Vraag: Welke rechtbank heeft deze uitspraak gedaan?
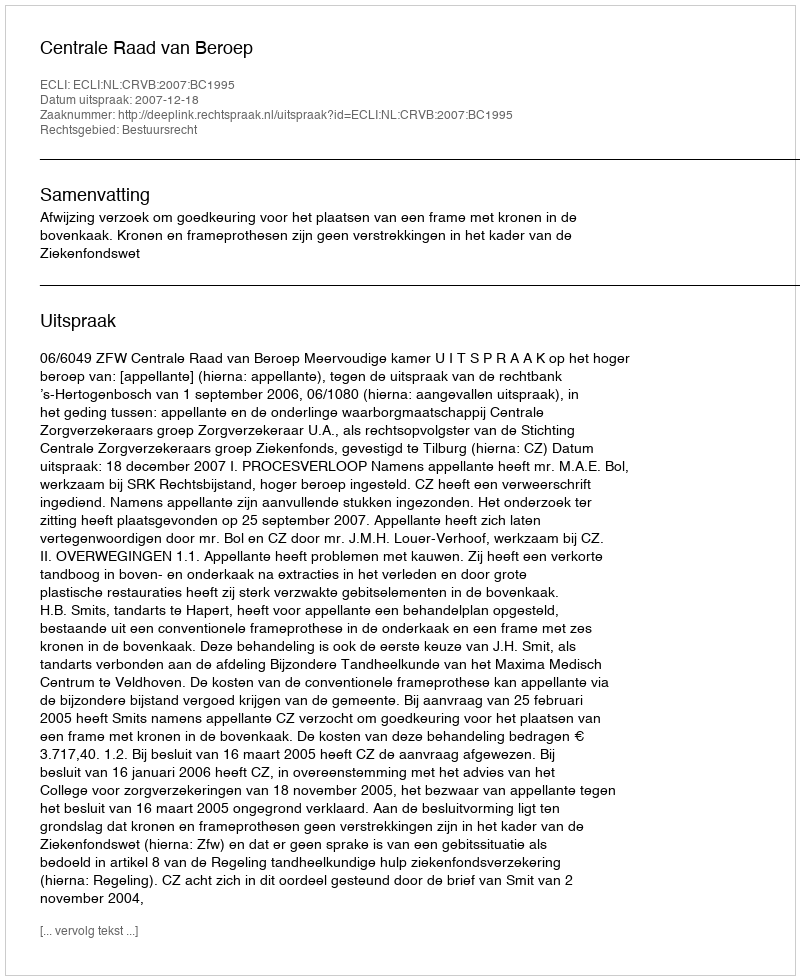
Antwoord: Centrale Raad van Beroep